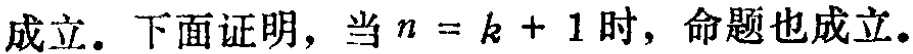
成立. 下面证明，当\(n = k + 1\)时，命题也成立.